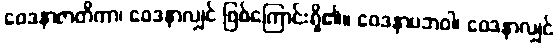
ဝေဒနာဇာတိကာ၊ ဝေဒနာလျှင် ဖြစ်ကြောင်းရှိ၏။ ဝေဒနာပဘဝါ၊ ဝေဒနာလျှင်